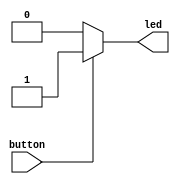
module Pushbutton(
	input button,
	output reg led
);

always @(button)
	begin
		if(button)
			led <= 1;
		else
			led <= 0;
	end
endmodule